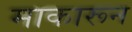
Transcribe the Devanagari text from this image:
माकारून